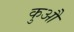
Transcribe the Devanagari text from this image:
कुऔ